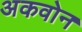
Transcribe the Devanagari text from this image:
अकवोन